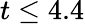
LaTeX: t\leq 4.4